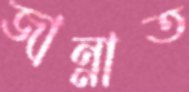
জান্নাত